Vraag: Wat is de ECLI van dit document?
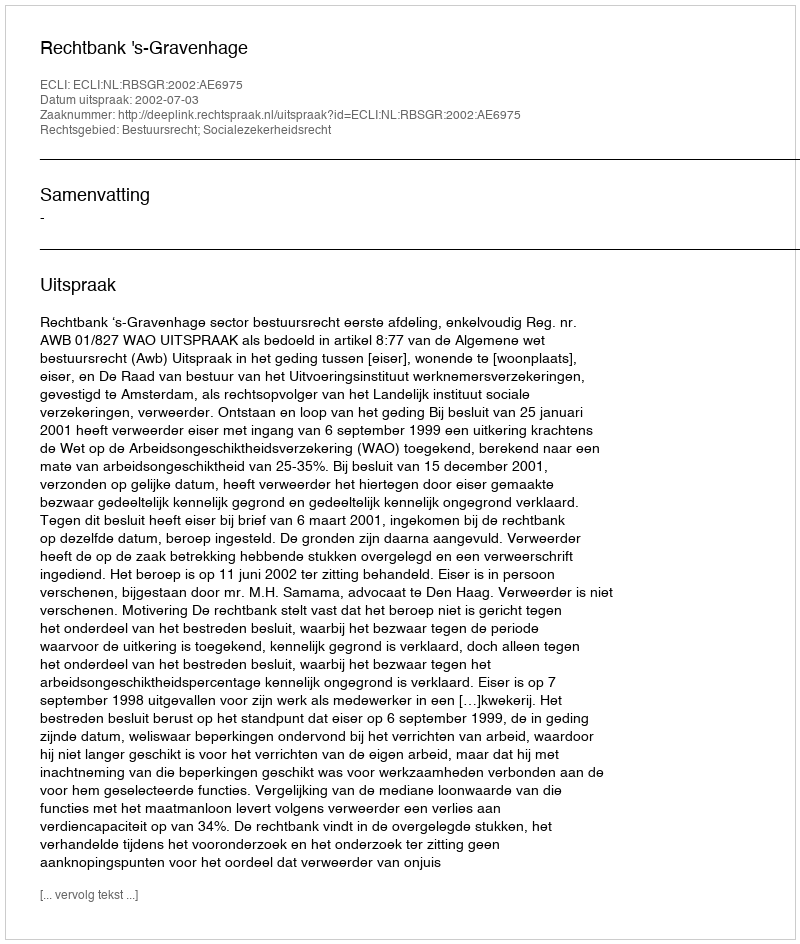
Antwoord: ECLI:NL:RBSGR:2002:AE6975